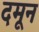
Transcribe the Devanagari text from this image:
दमून